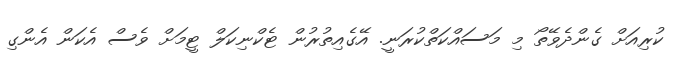
ކުރިއަށް ގެންދެވޭތޯ މި މަސައްކަތްކުރަނީ. އޭގެއިތުރުން ޓެކްނިކަލް ޓީމަށް ވެސް އެކަން އެންގި